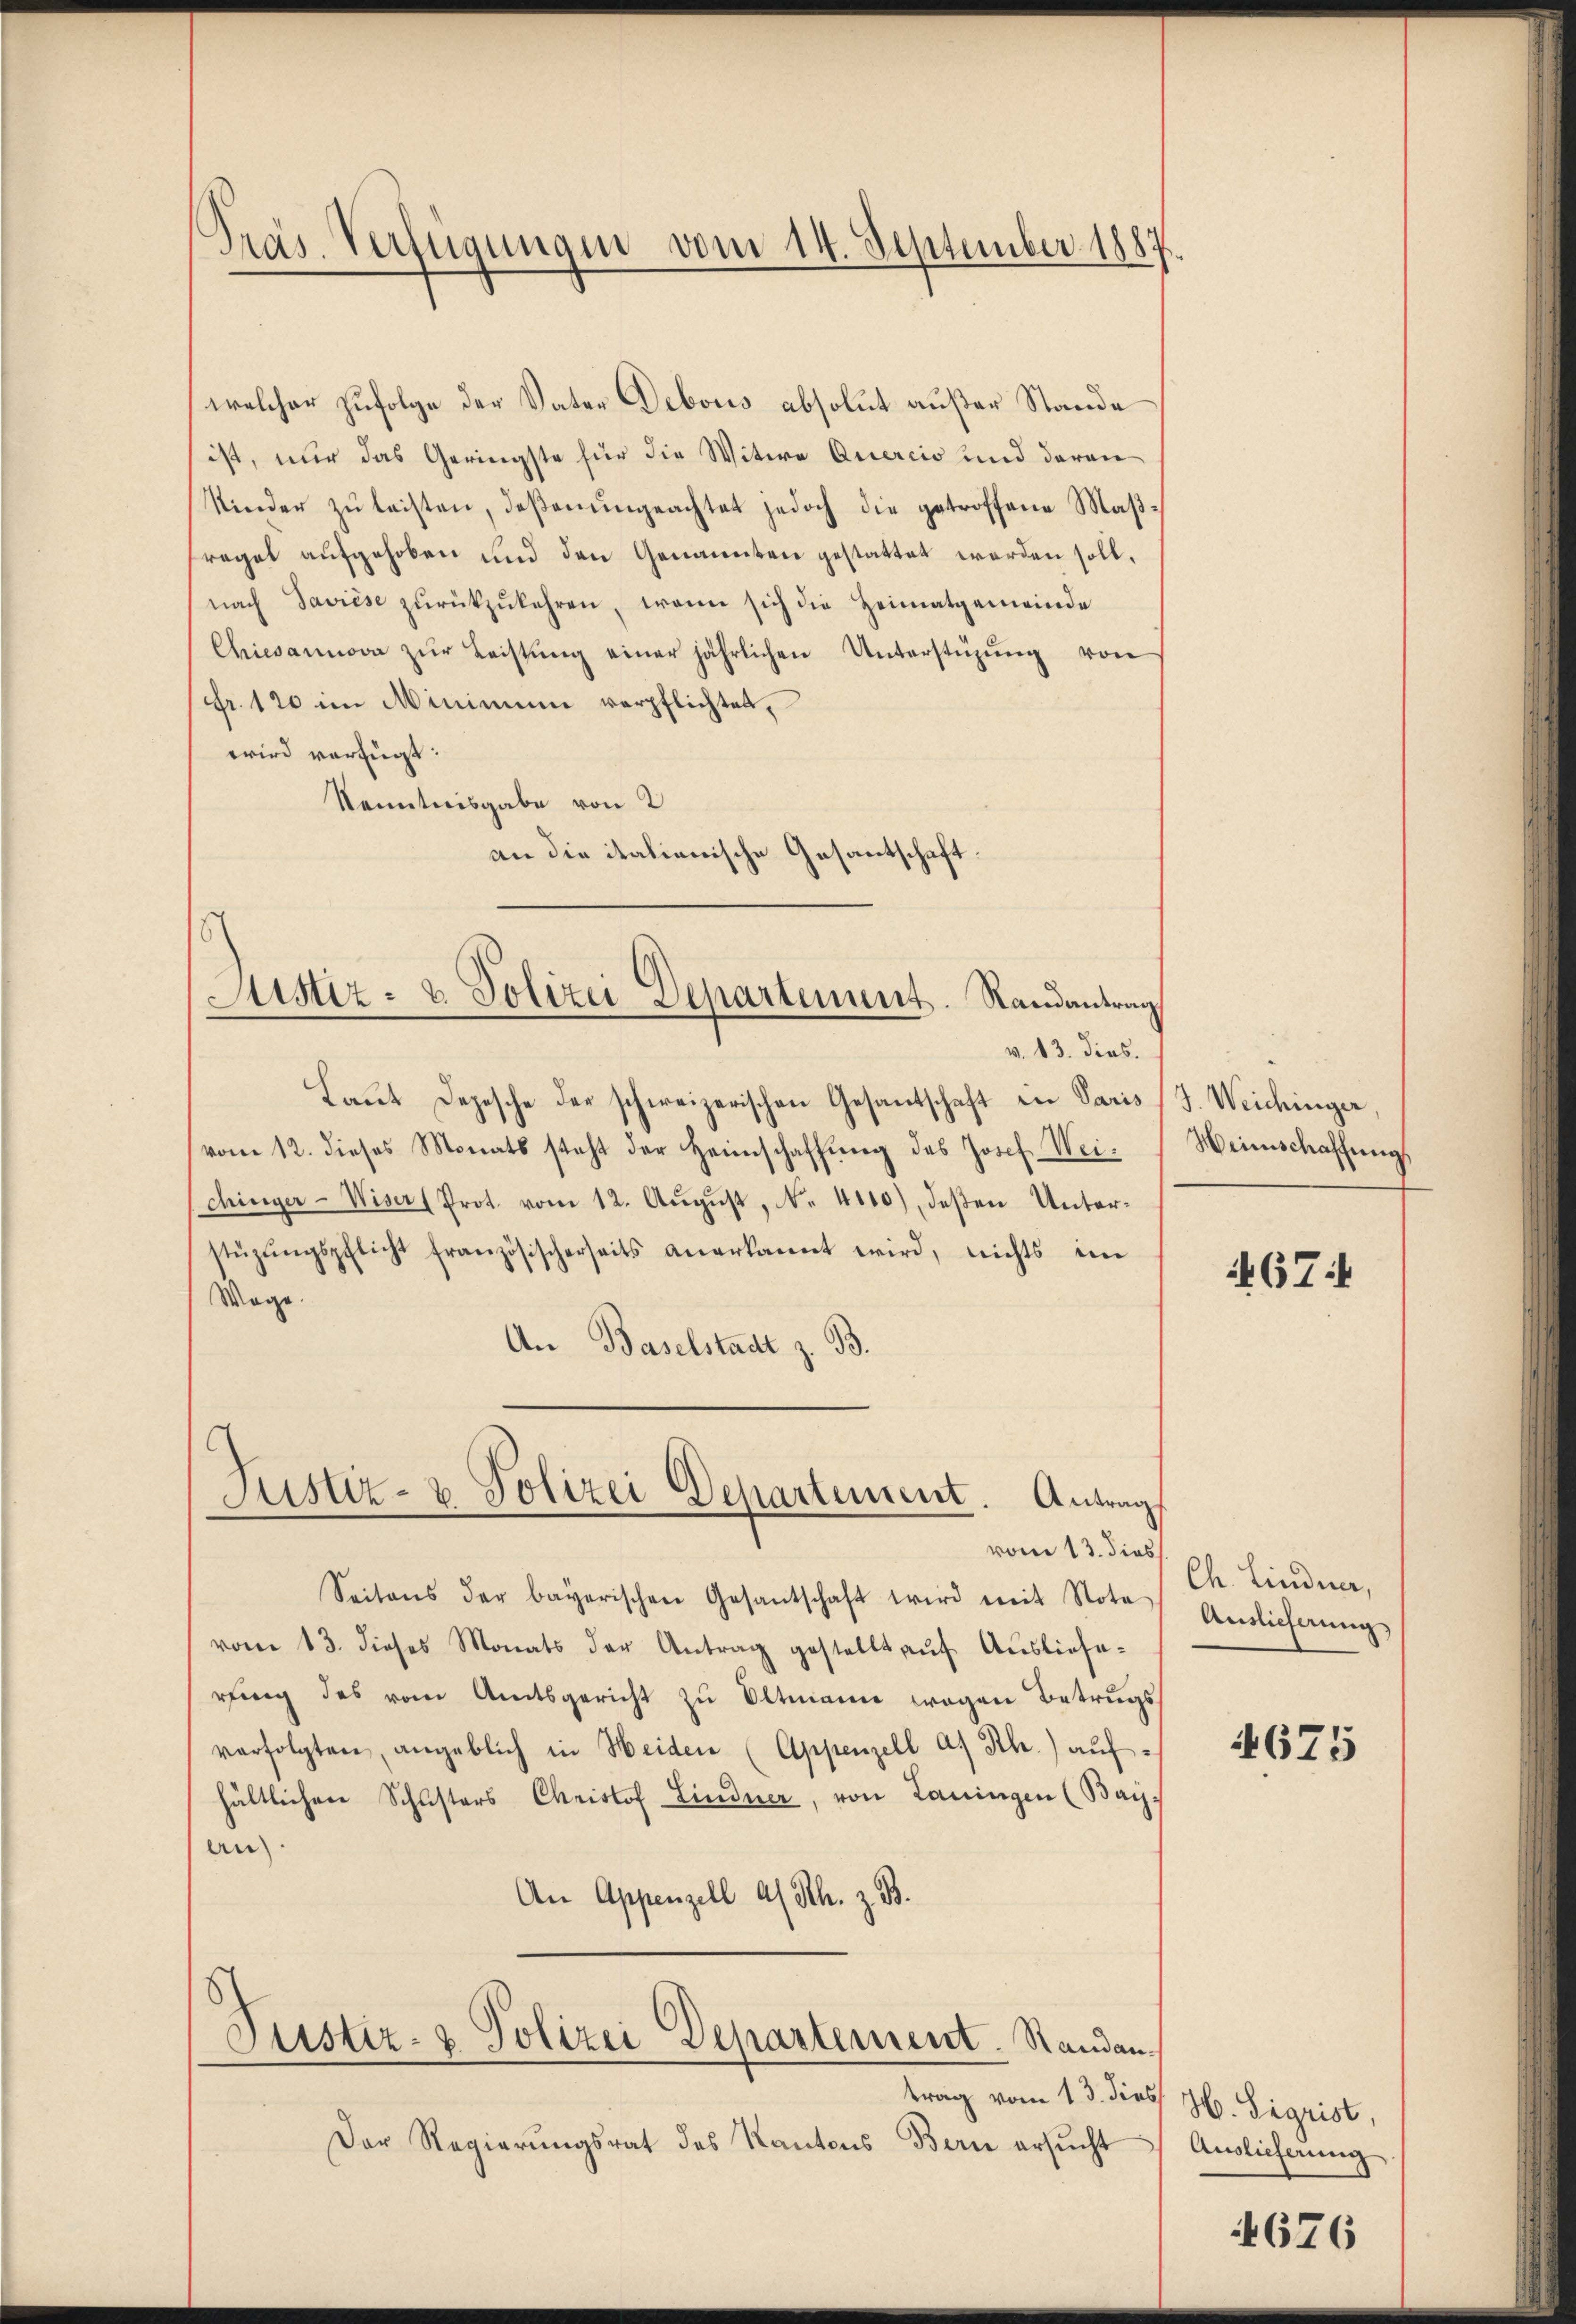
Präs. Verfügungen vom 14. September 1887.

welcher zufolge der Vater Debous absolut außer Stande
ist, nur das Geringste für die Witwe Quercio und daran
Kinder zŭ leisten, deβenŭngeachtet jedoch die getroffene Maβ-
fregel aufgehoben und den Genannten gestattet werden soll.
nach Saviése zŭrückzŭkehren, wenn sich die Heimatgemeinde
Chiesannova zŭr Leistŭng einer jährlichen Unterstüzŭng von
Fr. 120 im Minimum verpflichtet,
wird verfügt:
Kenntnisgabe von 2
an die italienische Gesantschaft

s
Justiz- & Polizei Departement. Randantrag
v. 13. dies.

Justiz- & Polizei Departement. Antrag

Laut Depesche der schweizerischen Gesantschaft von Paris (S. Weichinger,
vom 12. dieses Monats steht der Heimschaffung des Josef Weichinger-Wiser (Prot. vom 12. August, N. 4110), deßen Unterstüzŭngspflicht französischerseits anerkannt wird, nichts im
Mage
An Baselstadt z. B.

Justiz- & Polizei Departement. Standan¬

Seitens der bayerischen Gesandtschaft wird mit Nota
vom 13. dieses Monats der Antrag gestellt aŭf Auslieferung des vom Amtsgericht zŭ Oltmann wegen Betrugs
verfolgten angeblich in Heiden (Appenzell a. Rh.) aŭf-
hältlichen Schusters Christof Lindner, von Laningen (Bay
an
An Appenzell a/Rh. z. B.

vom 13. dies

trag vom 13. dies H. Sigrist,
Der Regierŭngsrat des Kantons Bern ersŭcht Auslieferung

Weinschaffung,

467:

Ch. Lindner,
Auslieferung

4675

4676